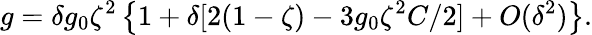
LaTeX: g=\delta g_{0}\zeta^{2}\left\{ 1+\delta[2(1-\zeta)-3g_{0}\zeta^{2}C/2]+O(\delta^{2})\right\} .